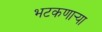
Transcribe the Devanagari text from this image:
भटकणार्‍या